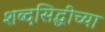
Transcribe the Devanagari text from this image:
शब्दसिद्धीच्या